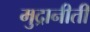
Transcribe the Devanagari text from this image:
मुद्रानीती